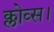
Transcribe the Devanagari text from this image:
क्लोव्स।